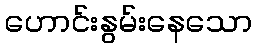
ဟောင်းနွမ်းနေသော